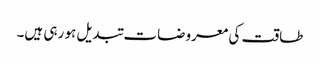
طاقت کی معروضات تبدیل ہو رہی ہیں۔